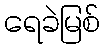
ရေခဲမြစ်